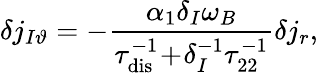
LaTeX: \delta j_{I\vartheta}=-\frac{\alpha_{1}\delta_{I}\omega_{B}}{\tau_{\mathrm{dis}}^{-1}\! +\! \delta_{I}^{-1}\tau_{22}^{-1}}\delta j_{r},